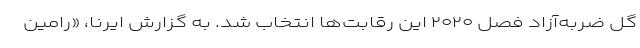
گل ضربه‌آزاد فصل ۲۰۲۰ این رقابت‌ها انتخاب شد. به گزارش ایرنا، «رامین